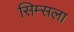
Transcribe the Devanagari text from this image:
सिम्सला